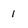
Character: 1